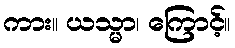
ကား။ ယသ္မာ၊ ကြောင့်။